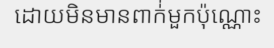
ដោយមិនមានពាក់់មួកប៉ុណ្ណោះ